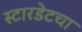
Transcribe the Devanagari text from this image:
स्टारडेटचा